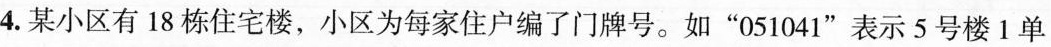
4.某小区有18栋住宅楼，小区为每家住户编了门牌号。如”051041”表示5号楼1单